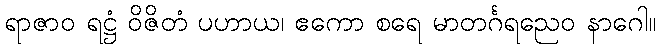
ရာဇာဝ ရဋ္ဌံ ဝိဇိတံ ပဟာယ၊ ဧကော စရေ မာတင်္ဂရညေဝ နာဂေါ။